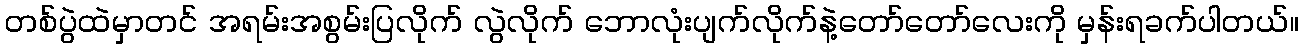
တစ်ပွဲထဲမှာတင် အရမ်းအစွမ်းပြလိုက် လွဲလိုက် ဘောလုံးပျက်လိုက်နဲ့တော်တော်လေးကို မှန်းရခက်ပါတယ်။